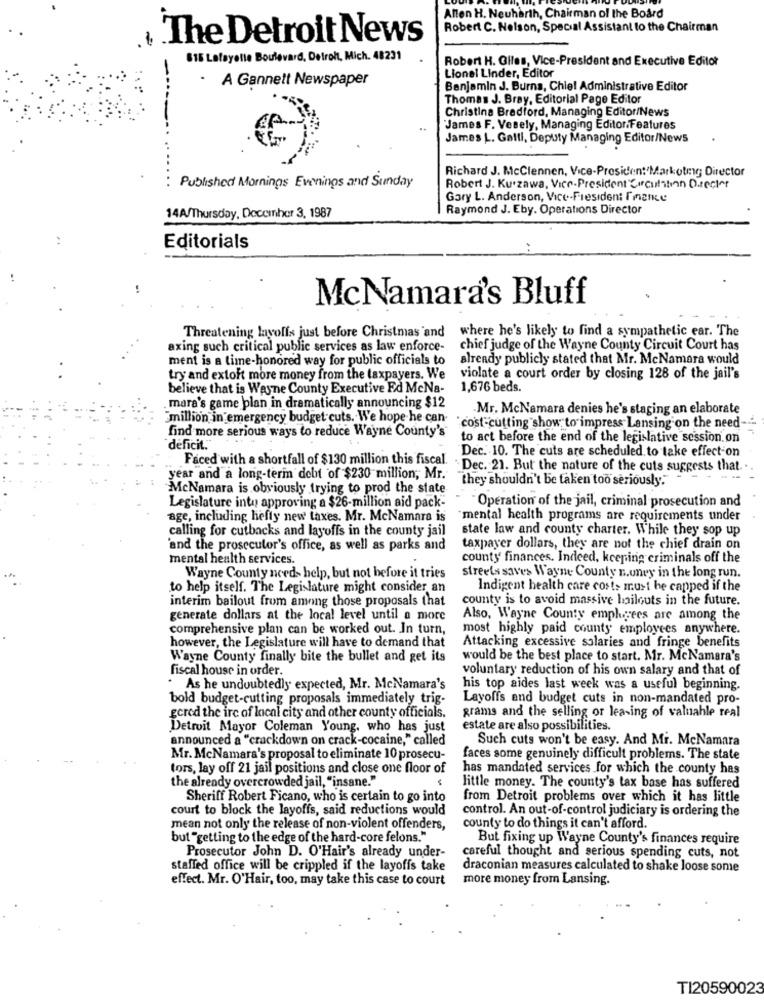
Allen H. Neuharth, Chairman of the Board
Robert C. Nelson, Special Assistant to the Chairman
The Detroit News
815 Lafayolle Boulevard, Detroit, Mich. 48231
Robert H. Giles, Vice-President and Executive Editor
-
· A Gannett Newspaper
Lionel Linder, Editor
Benjamin J. Burna, Chiel Administrative Editor
Thomas J. Bray, Editorial Page Editor
Christina Bradford, Managing Editor/News
..
James F. Vesely, Managing Editor.Features
James L. Galtl, Deputy Managing Editor/News
Richard J. McClennen, Vice-President Marketing Director
Published Mornings Evenings and Sunday
Robert J. Kurzawa, Vice-President"Circulation Director
Gary L. Anderson, Vice-President Imence
Raymond J. Eby. Operations Director
14A/Thursday, December 3, 1987
Editorials
McNamara's Bluff
Threatening layoffs just before Christmas and
where he's likely to find a sympathetic ear. The
axing such critical public services as law enforce-
chief judge of the Wayne County Circuit Court has
ment is a time-honored way for public officials to
already publicly stated that Mr. McNamara would
try and extoft more money from the taxpayers. We
violate a court order by closing 128 of the jail's
believe that is Wayne County Executive Ed McNa-
1,676 beds.
mara's game plan in dramatically announcing $12
Mr. McNamara denies he's staging an elaborate
"million in emergency budget cuts. We hope he can-
find more serious ways to reduce Wayne County's
"cost-cutting" show" to impress Lansing on the need-
to act before the end of the legislative session.on
deficit."
Dec. 10. The cuts are scheduled to take effect-on
Faced with a shortfall of $130 million this fiscal.
"Dec. 21. But the nature of the cuts suggests that.
year and a long-termn debt of $230 million, Mr.
they shouldn't be taken too seriously."
McNamara is obviously trying to prod the state
Legislature into approving a $26-million aid pack-
Operation of the jail, criminal prosecution and
age, including hefty new taxes. Mr. McNamara is
"mental health programs are requirements under
calling for cutbacks and layoffs in the county jail
state law and county charter. While they sop up
'and the prosecutor's office, as well as parks and
taxpayer dollars, they are not the chief drain on
mental health services.
county finances. Indeed, keeping criminals off the
Wayne County needs help, but not before it tries
streets saves Wayne County n.uney in the long run.
to help itself. The Legislature might consider an
Indigent health care costs must be capped if the
interim bailout from among those proposals that
county is to avoid massive bailouts in the future.
generate dollars at the local level until a more
Also, Wayne County employees are among the
comprehensive plan can be worked out. In turn,
most highly paid county employees anywhere.
however, the Legislature will have to demand that
Attacking excessive salaries and fringe benefits
Wayne County finally bite the bullet and get its
would be the best place to start. Mr. McNamara's
fiscal house in order.
voluntary reduction of his own salary and that of
. As he undoubtedly expected, Mr. McNamara's
his top aides last week was a useful beginning.
bold budget-cutting proposals immediately trig-
Layoffs and budget cuts in non-mandated pro-
grams and the selling or lea-ing of valnahle real
gcred the irc of lacal city and other county officials.
Detroit Mayor Coleman Young, who has just
estate are also possibilities.
announced a "crackdown on crack-cocaine," called
Such cuts won't be easy. And Mr. McNamara
Mr. McNamara's proposal to eliminate 10 prosecu-
faces some genuinely difficult problems. The state
tors, lay off 21 jail positions and close one floor of
has mandated services for which the county has
the already overcrowded jail, "insane."
little money. The county's tax base has suffered
Sheriff Robert Ficano, who is certain to go into
from Detroit problems over which it has little
court to block the layoffs, said reductions would
control. An out-of-control judiciary is ordering the
mean not only the release of non-violent offenders,
county to do things it can't afford.
but "getting to the edge of the hard-core felons."
But fixing up Wayne County's finances require
Prosecutor John D. O'Hair's already under-
careful thought and serious spending cuts, not
staffed office will be crippled if the layoffs take
draconian measures calculated to shake loose some
effect. Mr. O'Hair, too, may take this case to court
more money from Lansing.
TI20590023